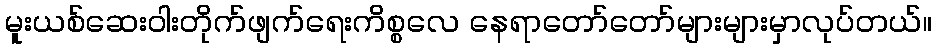
မူးယစ်ဆေးဝါးတိုက်ဖျက်ရေးကိစ္စလေ နေရာတော်တော်များများမှာလုပ်တယ်။